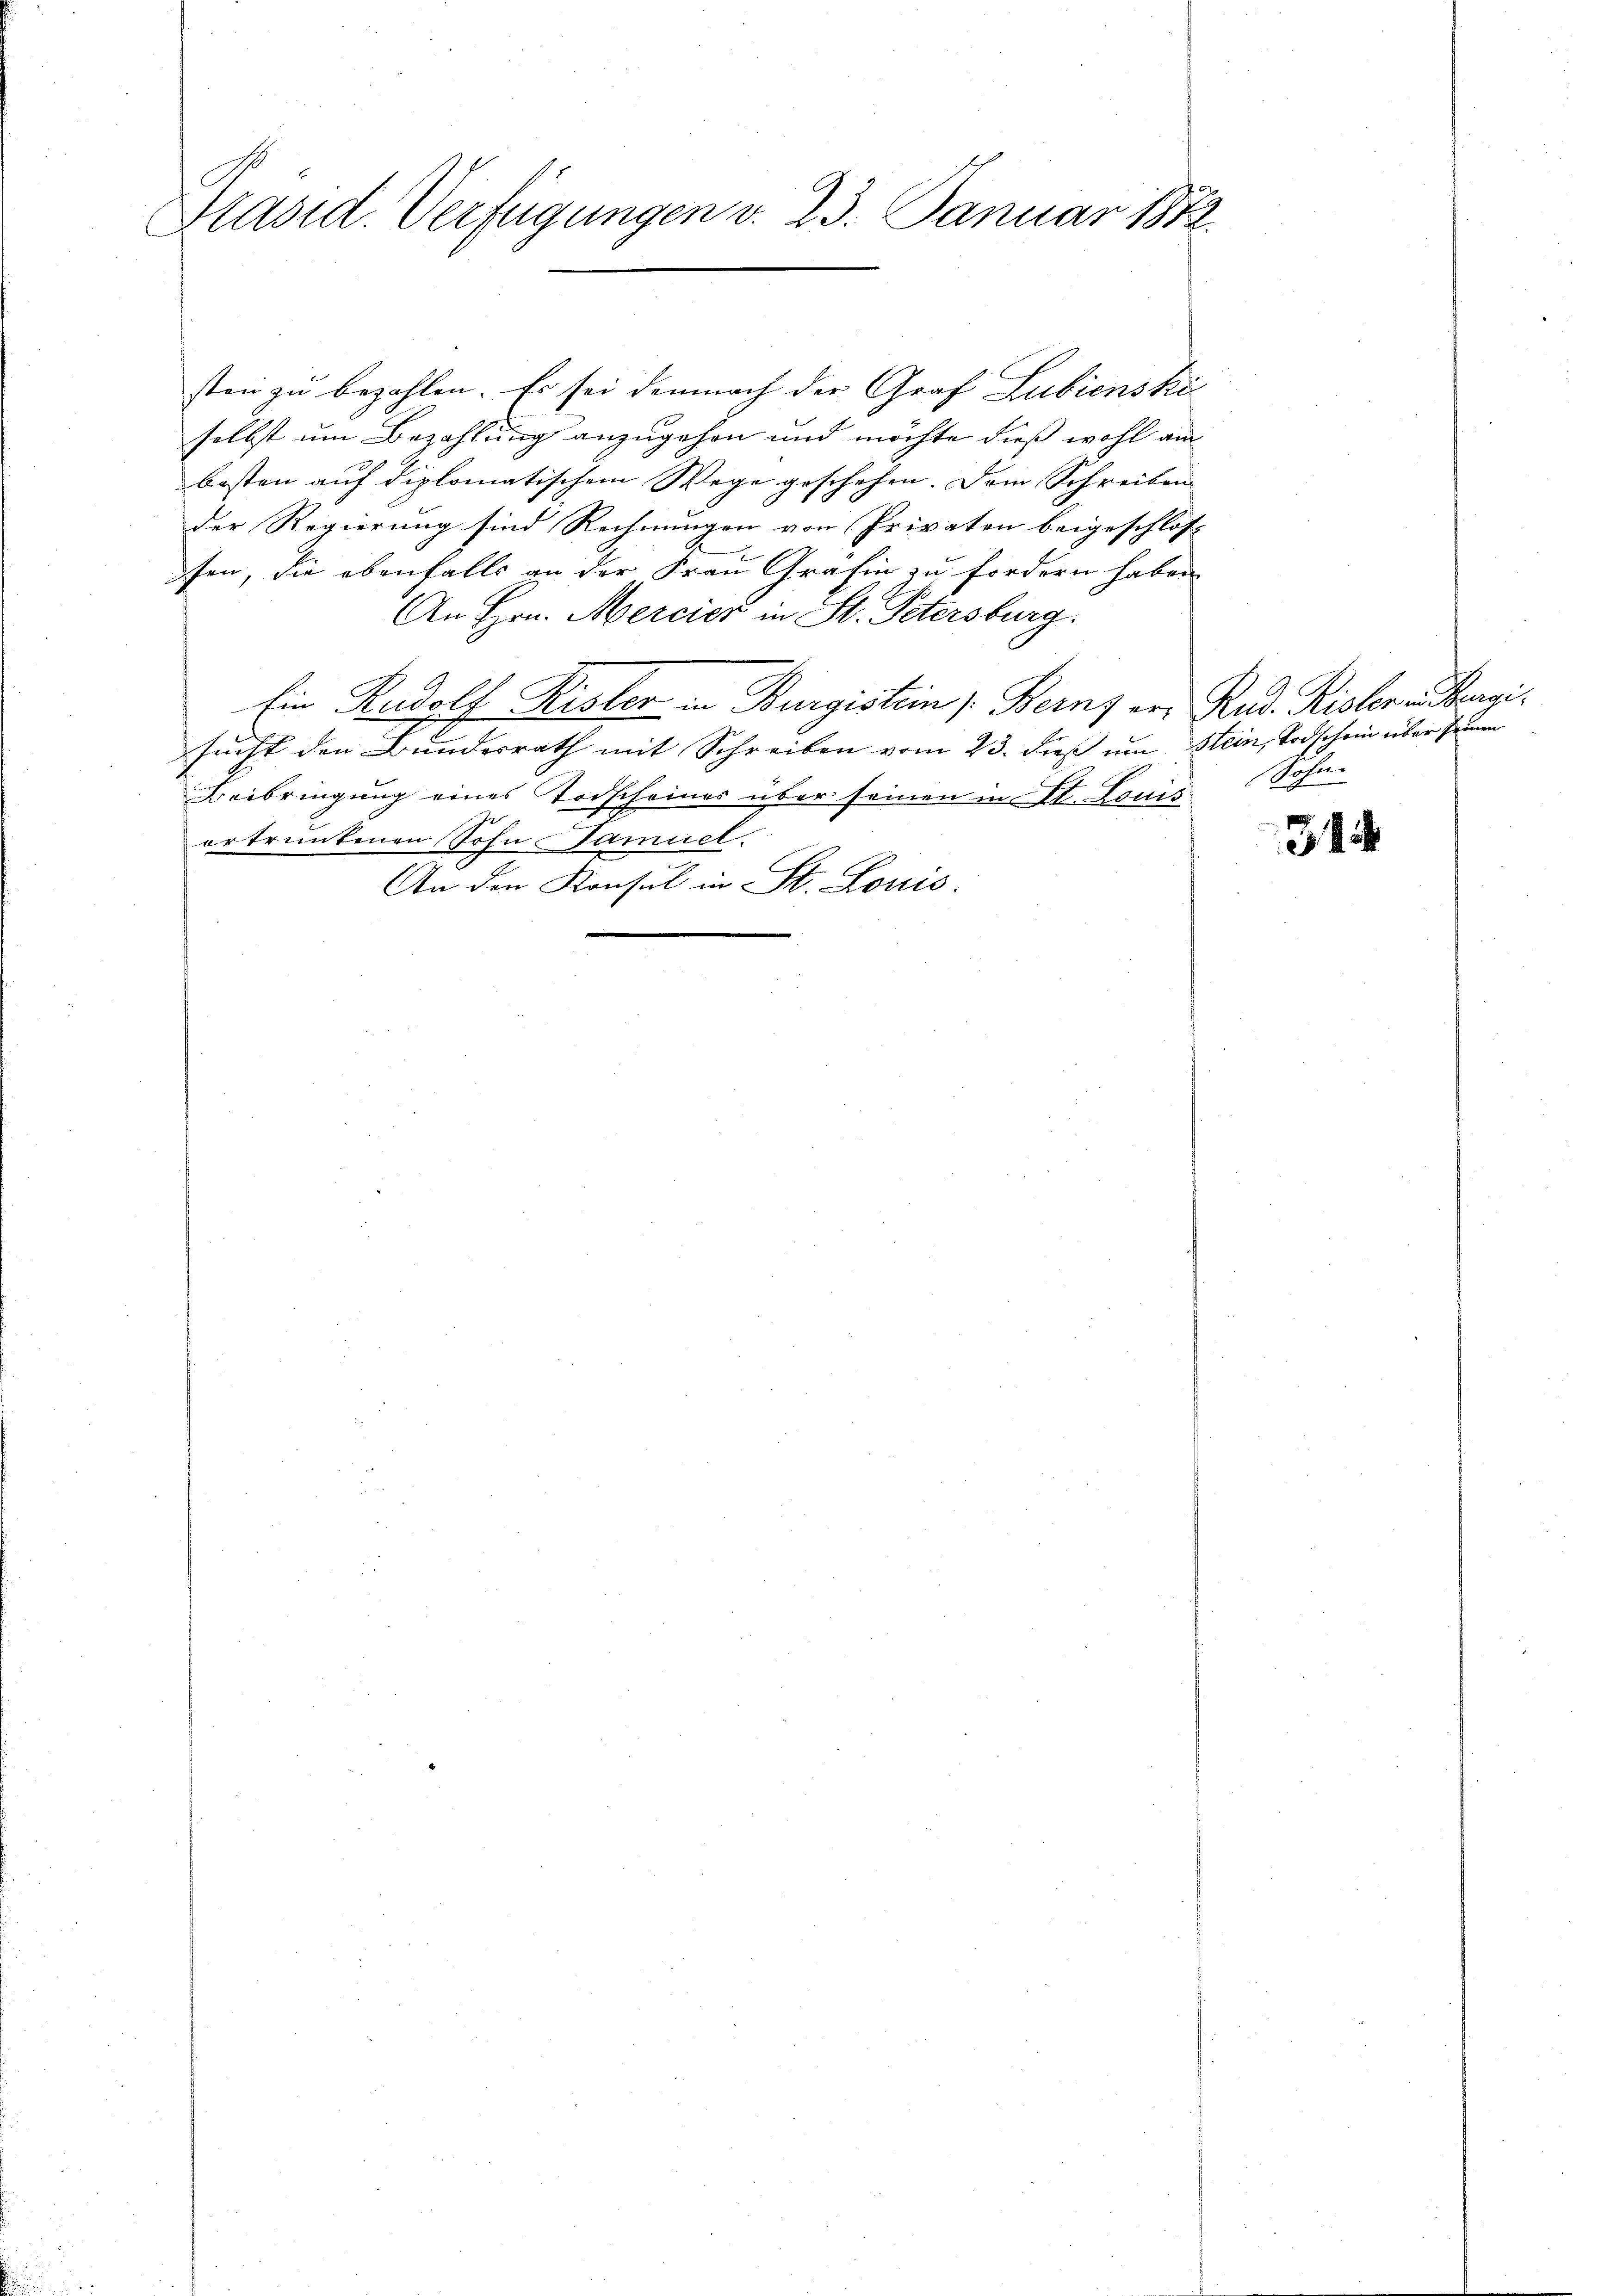
Präsid. Verfügungen v. 23. Januar 1872.

sten zu bezahlen. Es sei demnach der Graf Lubiens kir
selbst um Bezahlung anzugehen und möchte dieß wohl am
basten auf diplomatischem Wege geschehen. Dem Schreiben
der Regierung sind Rechnungen von Privaten beigeschlos-
fen, die ebenfalls an der Frau Gräfin zu fordern haben.
An Hrn. Mercier in St. Petersburg.
Ein Rudolf Kister in Burgistein Berns von Rud. Kister ergisucht den Bundesrath mit Schreiben vom 23. dieß um Stein, Todschein über seinen
Beibringung eines Todscheines über seinen in St. Louis
ertruntenen Sohn Jamiel.
An den Konsul in St. Louis.

Sohn.

31